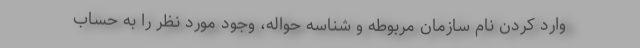
وارد کردن نام سازمان مربوطه و شناسه حواله، وجود مورد نظر را به حساب